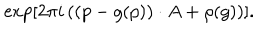
\exp \left[ 2 \pi i \left( ( p - g ( p ) ) \cdot A + \rho ( g ) \right) \right] .